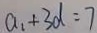
a _ { 1 } + 3 d = 7